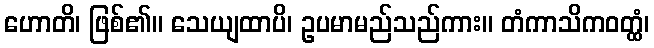
ဟောတိ၊ ဖြစ်၏။ သေယျထာပိ၊ ဥပမာမည်သည်ကား။ တံကာသိကဝတ္ထံ၊